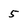
Character: 5